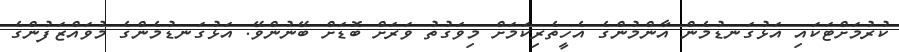
ކުރުމަށްޓަކައި އަޅުގަނޑުމެން އާންމުންގެ އެހީތެރިކަމަށް މިވަގުތު ވަރަށް ބޮޑަށް ބޭނުންވޭ. އަޅުގަނޑުމެންގެ މުވައްޒަފުންގެ